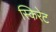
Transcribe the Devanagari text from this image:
स्किरेट